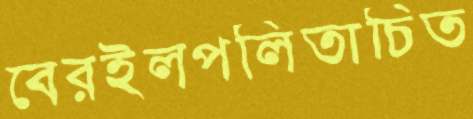
বেরইলপলিতাচিত